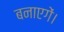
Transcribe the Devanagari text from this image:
बनाएगें।